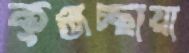
কুঞ্জচ্ছায়া